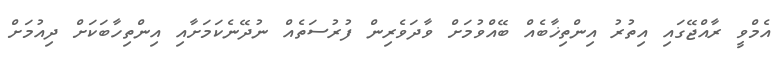
އެމްވީ ރާއްޖޭގައި އިތުރު އިންތިޚާބެއް ބޭއްވުމަށް ވާދަވެރިން ފުރުސަތެއް ނުދޭނެކަމަށާއި އިންތިހާބަކަށް ދިއުމަށް